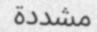
مشددة